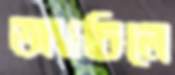
অ্যাচিলে